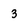
Character: 3